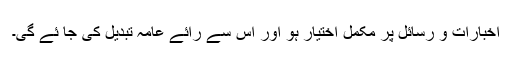
اخبارات و رسائل پر مکمل اختیار ہو اور اس سے رائے عامہ تبدیل کی جا ئے گی۔